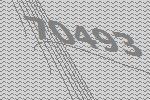
70493